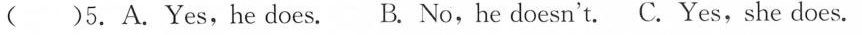
()5.A.Yes,he does. B No,he doesn't. C. Yes,she does.